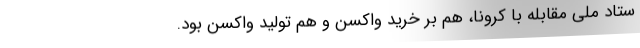
ستاد ملی مقابله با کرونا، هم بر خرید واکسن و هم تولید واکسن بود.